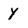
Character: y